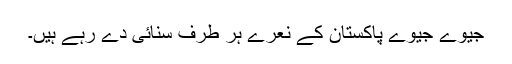
جیوے جیوے پاکستان کے نعرے ہر طرف سنائی دے رہے ہیں۔